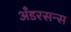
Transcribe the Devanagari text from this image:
अँडरसन्स